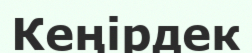
Кеңірдек